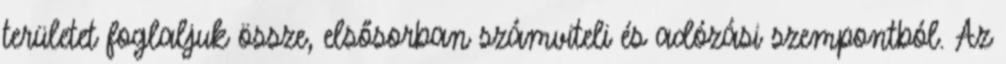
területet foglaljuk össze, elsősorban számviteli és adózási szempontból. Az